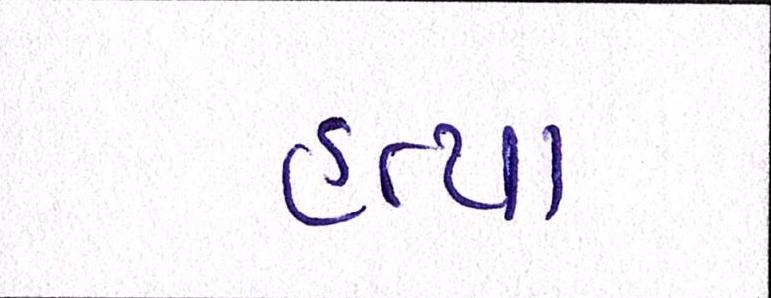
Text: હત્યા